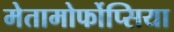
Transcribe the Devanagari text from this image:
मेतामोर्फोप्सिया